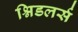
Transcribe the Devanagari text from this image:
श्निडलर्स